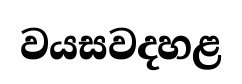
වයසවදහළ